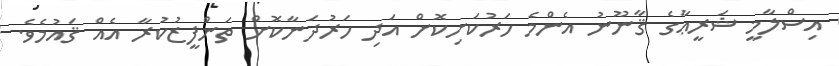
އިސްލާމީ ޝަރީޢާގެ ޤާނޫނު އެންމެ ހަރުކަށިކޮށް އަދި ހަރުދަނާކޮށް ތަންފީޒުކުރާ އެއް ޤައުމެވެ.